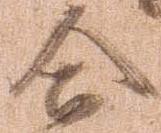
合